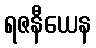
ရဇနီယေန